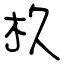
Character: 杦